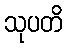
သုပတိ